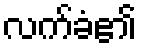
လက်ခံ၏